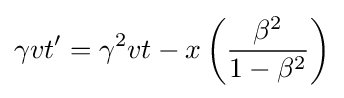
\gamma vt'=\gamma ^{2}vt-x\left({\frac {\beta ^{2}}{1-\beta ^{2}}}\right)